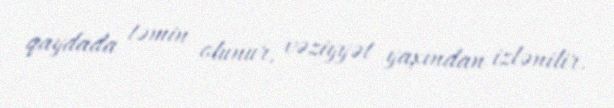
qaydada təmin olunur, vəziyyət yaxından izlənilir.